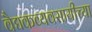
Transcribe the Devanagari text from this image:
वैद्यकव्यवसायीच्या